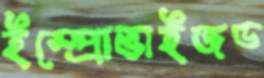
ইম্প্রোভাইজড